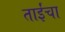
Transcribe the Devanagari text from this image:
ताईंचा